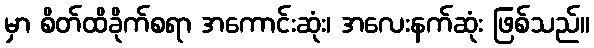
မှာ စိတ်ထိခိုက်စရာ အကောင်းဆုံး၊ အလေးနက်ဆုံး ဖြစ်သည်။